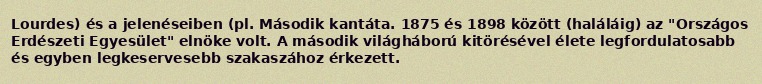
Lourdes) és a jelenéseiben (pl. Második kantáta. 1875 és 1898 között (haláláig) az "Országos Erdészeti Egyesület" elnöke volt. A második világháború kitörésével élete legfordulatosabb és egyben legkeservesebb szakaszához érkezett.